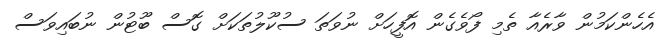
އެހެންކަމުން ވާރެއާ ތެމި ފޯވެގެން އޮފީހަށް ނުވަތަ ސުކޫލުތަކަށް ގޮސް ބޫޓުން ނުބައިވަސް